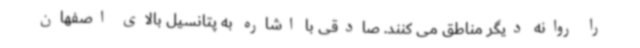
را روانه دیگر مناطق می کنند. صادقی با اشاره به پتانسیل بالای اصفهان